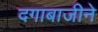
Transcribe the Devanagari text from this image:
दगाबाजीने